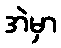
အဲမှာ